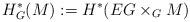
LaTeX: \begin{align*} H_G^\ast(M) := H^\ast(EG \times_G M)\end{align*}